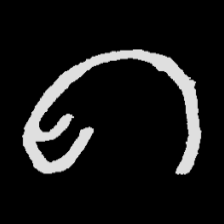
Pyu character \u2014 Myanmar letter: ဂ (romanized: ga)